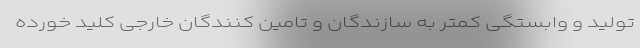
تولید و وابستگی کمتر به سازندگان و تامین کنندگان خارجی کلید خورده